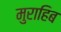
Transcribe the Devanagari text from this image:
मुराहिब